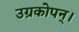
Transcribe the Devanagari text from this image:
उग्रकोपन्।